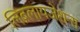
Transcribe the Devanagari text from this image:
लिब्रलायजेशन्स